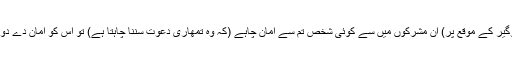
جاوید احمد غامدی اور اگر (اِس داروگیر کے موقع پر) اِن مشرکوں میں سے کوئی شخص تم سے امان چاہے (کہ وہ تمھاری دعوت سننا چاہتا ہے) تو اُس کو امان دے دو، یہاں تک کہ وہ اللہ کا کلام سن لے۔